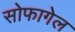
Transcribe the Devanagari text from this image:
सोफागेल